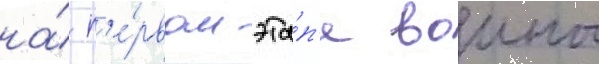
на́ п'е́рвом эта́п'е воины